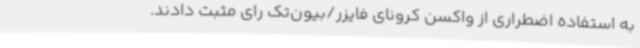
به استفاده اضطراری از واکسن کرونای فایزر/بیون‌تک رای مثبت دادند.